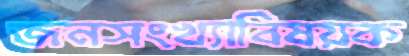
জনসংখ্যাবিষয়ক